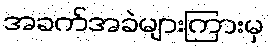
အခက်အခဲများကြားမှ